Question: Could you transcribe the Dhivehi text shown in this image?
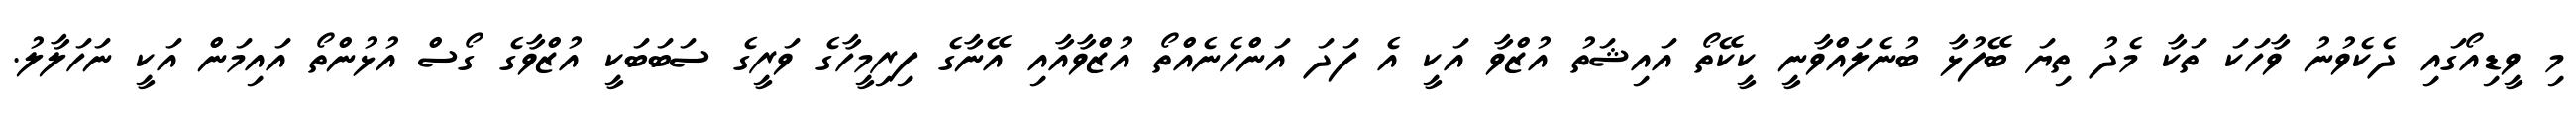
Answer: މި ވީޑިއޯގައި ދެކެވުނު ވާހަކަ ތަކާ މެދު ތިޔަ ބޭފުޅާ ބުނެލައްވާނީ ކީކޭތޯ އައިޝަތު އުޒްވާ އަކީ އެ ފަދަ އަންހެނެއްތޯ އުޒްވާއާއި އޭނާގެ ފިރިމީހާގެ ވަރީގެ ސަބަބަކީ އުޒްވާގެ ގޯސް އުޅުންތޯ އައިމަން އަކީ ނަހަލާލު.